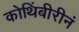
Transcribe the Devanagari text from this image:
कोथिंबीरीनं